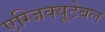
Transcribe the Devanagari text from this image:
एग्जिक्यूटेबल